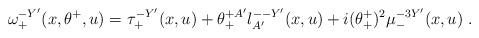
LaTeX: \begin{align*}\omega^{-Y'}_+(x,\theta^+,u) = \tau^{-Y'}_+(x,u) + \theta^{+A'}_+l^{--Y'}_{A'}(x,u)+i(\theta^+_+)^2 \mu^{-3Y'}_{-}(x,u)\; .\end{align*}